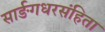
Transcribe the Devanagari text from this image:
सार्ङगधरसंहिता